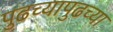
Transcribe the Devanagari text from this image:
पुढच्यापुढच्या